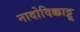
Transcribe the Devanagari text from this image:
नादोदिक्काट्टू